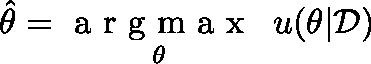
\hat { \theta } = \mathop { \textrm { a r g m a x } } _ { \mathbf { \theta } } \ u ( \mathbf { \theta } | \mathcal { D } )